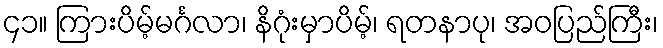
၄၁။ ကြားပိမ့်မင်္ဂလာ၊ နိဂုံးမှာပိမ့်၊ ရတနာပု၊ အဝပြည်ကြီး၊